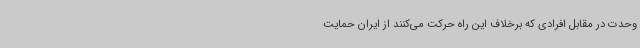
وحدت در مقابل افرادی که برخلاف این راه حرکت می‌کنند از ایران حمایت